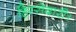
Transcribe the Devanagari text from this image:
हिस्सेदारी।